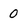
Character: 0